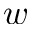
w